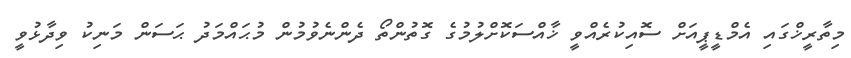
މިތާރީޚްގައި އެމްޑީޕީއަށް ސޮއިކުރެއްވީ ޚާއްސަކޮށްލުމުގެ ގޮތުންތޯ ދެންނެވުމުން މުޙައްމަދު ޙަސަން މަނިކު ވިދާޅުވީ